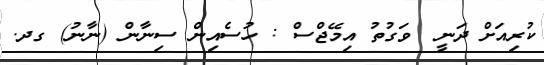
ކުރިއަށް ދަނީ  ވަގުތު އިމޭޖްސް : ހުސެއިން ސިނާން (ނާނު) ގދ.